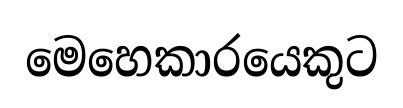
මෙහෙකාරයෙකුට